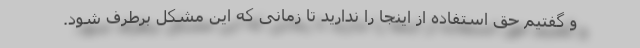
و گفتیم حق استفاده از اینجا را ندارید تا زمانی که این مشکل برطرف شود.